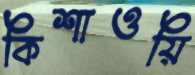
কিশাওয়ি